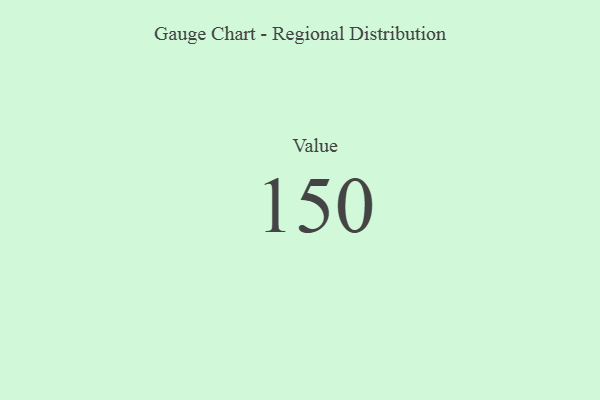
{"axis": {"x": "Metric", "y": "Value"}, "legend": [""], "data": [{"x": "Value", "y": 150, "type": ""}]}